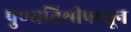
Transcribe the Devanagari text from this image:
पुण्यतिथीपासून